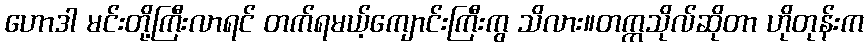
ဟောဒါ မင်းတို့ကြီးလာရင် တက်ရမယ့်ကျောင်းကြီးကွ သိလား။တက္ကသိုလ်ဆိုတာ ဟိုတုန်းက